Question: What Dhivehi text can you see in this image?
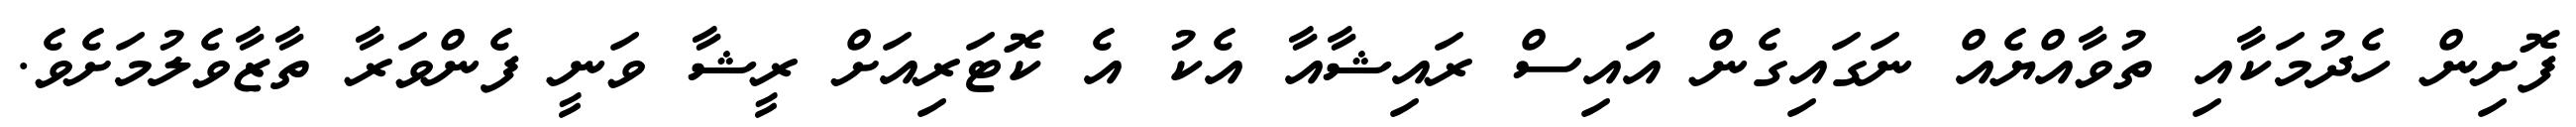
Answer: ފޮށިން ހެދުމަކާއި ތުވާއްޔެއް ނަގައިގެން އައިސް ރައިޝާއާ އެކު އެ ކޮޓަރިއަށް ރީޝާ ވަނީ ފެންވަރާ ތާޒާވެލުމަށެވެ.